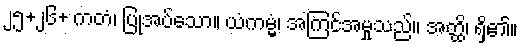
၂၅+၂၆+ ကတံ၊ ပြုအပ်သော။ ယံကမ္မံ၊ အကြင်အမှုသည်။ အတ္ထိ၊ ရှိ၏။